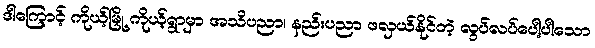
ဒါကြောင့် ကိုယ့်မြို့ ကိုယ့်ရွာမှာ အသိပညာ၊ နည်းပညာ ဖလှယ်နိုင်တဲ့ လွပ်လပ်ပေါ့ပါသော